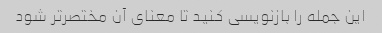
این جمله را بازنویسی کنید تا معنای آن مختصرتر شود